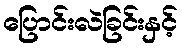
ပြောင်းလဲခြင်းနှင့်